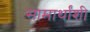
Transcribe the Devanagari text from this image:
सामार्थांशी